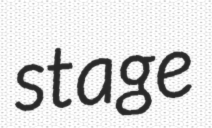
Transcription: stage